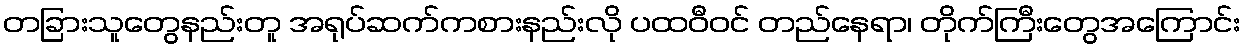
တခြားသူတွေနည်းတူ အရုပ်ဆက်ကစားနည်းလို ပထဝီဝင် တည်နေရာ၊ တိုက်ကြီးတွေအကြောင်း